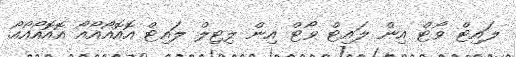
ލައިޓް ވޯޓް އިން ލައިޓް ވޯޓް އިން ލިޓިލް ލައިޓް އޮއޮއޯއޯއޯ އޮއޮއޯއޯއޯ.